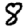
Digit: 8